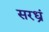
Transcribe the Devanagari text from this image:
सरध्रं